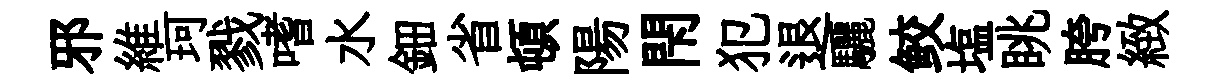
邪維珂戮嗜水鈿省頓陽閇犯退驪鲛塩眺胯緻